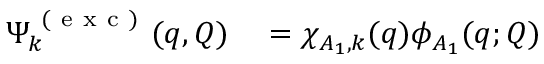
\begin{array} { r l } { \Psi _ { k } ^ { \mathrm { ~ ( ~ e ~ x ~ c ~ ) ~ } } ( \boldsymbol { q } , \boldsymbol { Q } ) } & { { } = \chi _ { A _ { 1 } , k } ( \boldsymbol { q } ) \phi _ { A _ { 1 } } ( \boldsymbol { q } ; \boldsymbol { Q } ) } \end{array}